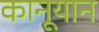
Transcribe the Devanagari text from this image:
कानूयान